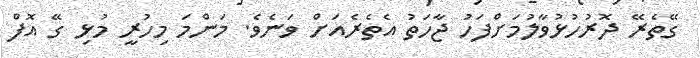
ގޭތެރޭ ދޮރުހުޅުވާލުމަށްފަހު ޖާހަތު އެތެރެއަށް ވަނެވެ. މަންމަ މިހުރީ މުޅި ގޭ އޮފް